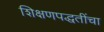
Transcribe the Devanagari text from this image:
शिक्षणपद्धतींचा